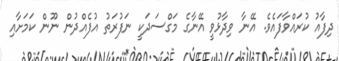
ދިފާއު ކުރައްވާފައެވެ. އޭނާ ވިދާޅުވީ އޭނާގެ މަގްސަދަކީ ނަފުރަތު އުފެއްދުން ނޫން ކަމަށާއި